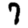
Digit: 7